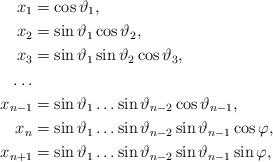
LaTeX: \begin{align*}x_1&=\cos\vartheta_1,\\x_2&=\sin\vartheta_1\cos\vartheta_2,\\x_3&=\sin\vartheta_1\sin\vartheta_2\cos\vartheta_3,\\\dots\\x_{n-1}&=\sin\vartheta_1\dots\sin\vartheta_{n-2}\cos\vartheta_{n-1},\\x_n&=\sin\vartheta_1\dots\sin\vartheta_{n-2}\sin\vartheta_{n-1}\cos\varphi,\\x_{n+1}&=\sin\vartheta_1\dots\sin\vartheta_{n-2}\sin\vartheta_{n-1}\sin\varphi,\end{align*}